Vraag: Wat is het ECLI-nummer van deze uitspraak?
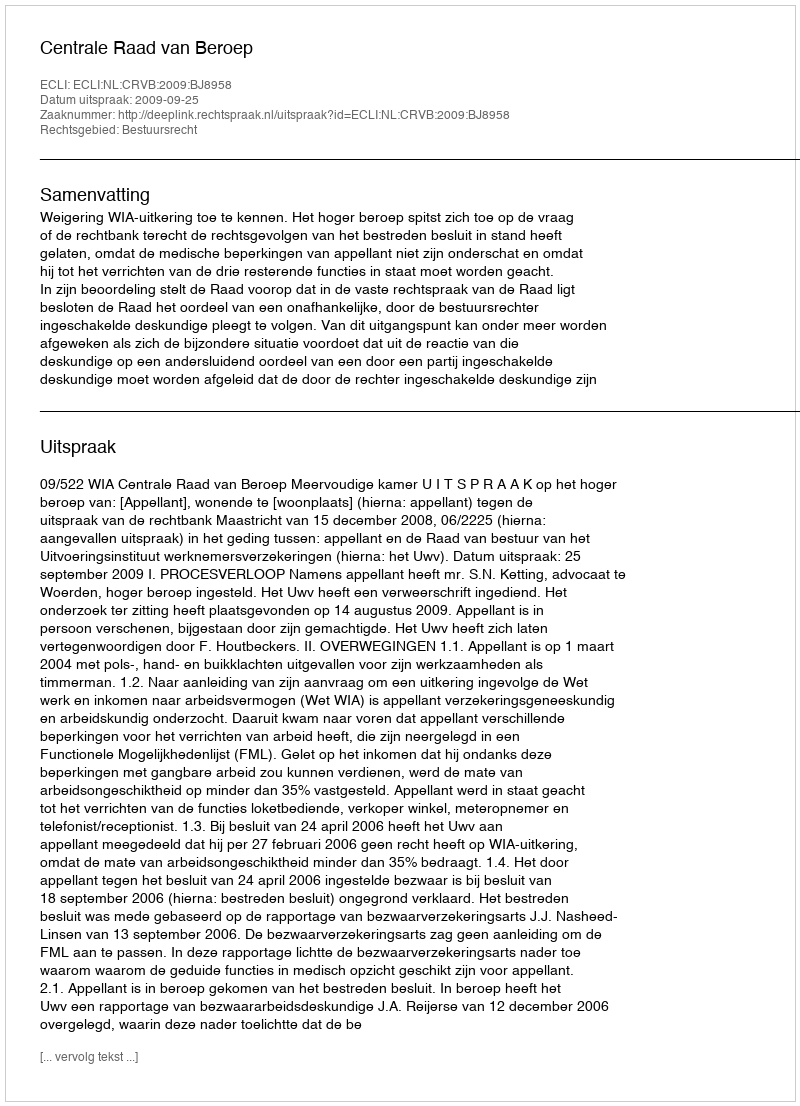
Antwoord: ECLI:NL:CRVB:2009:BJ8958